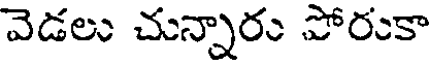
వెడలు చున్నారు పోరుకా